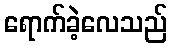
ရောက်ခဲ့လေသည်